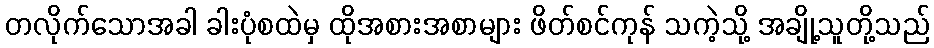
တလိုက်သောအခါ ခါးပုံစထဲမှ ထိုအစားအစာများ ဖိတ်စင်ကုန် သကဲ့သို့ အချို့သူတို့သည်